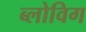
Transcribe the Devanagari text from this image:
ब्‍लोविग